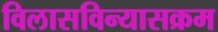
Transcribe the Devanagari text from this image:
विलासविन्यासक्रम